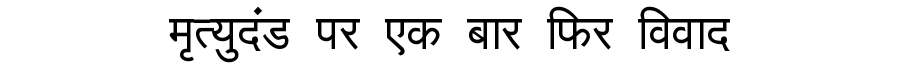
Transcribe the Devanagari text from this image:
मृत्युदंड पर एक बार फिर विवाद